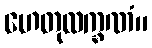
ဟေတုလက္ခဏံ။